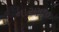
નારણજી